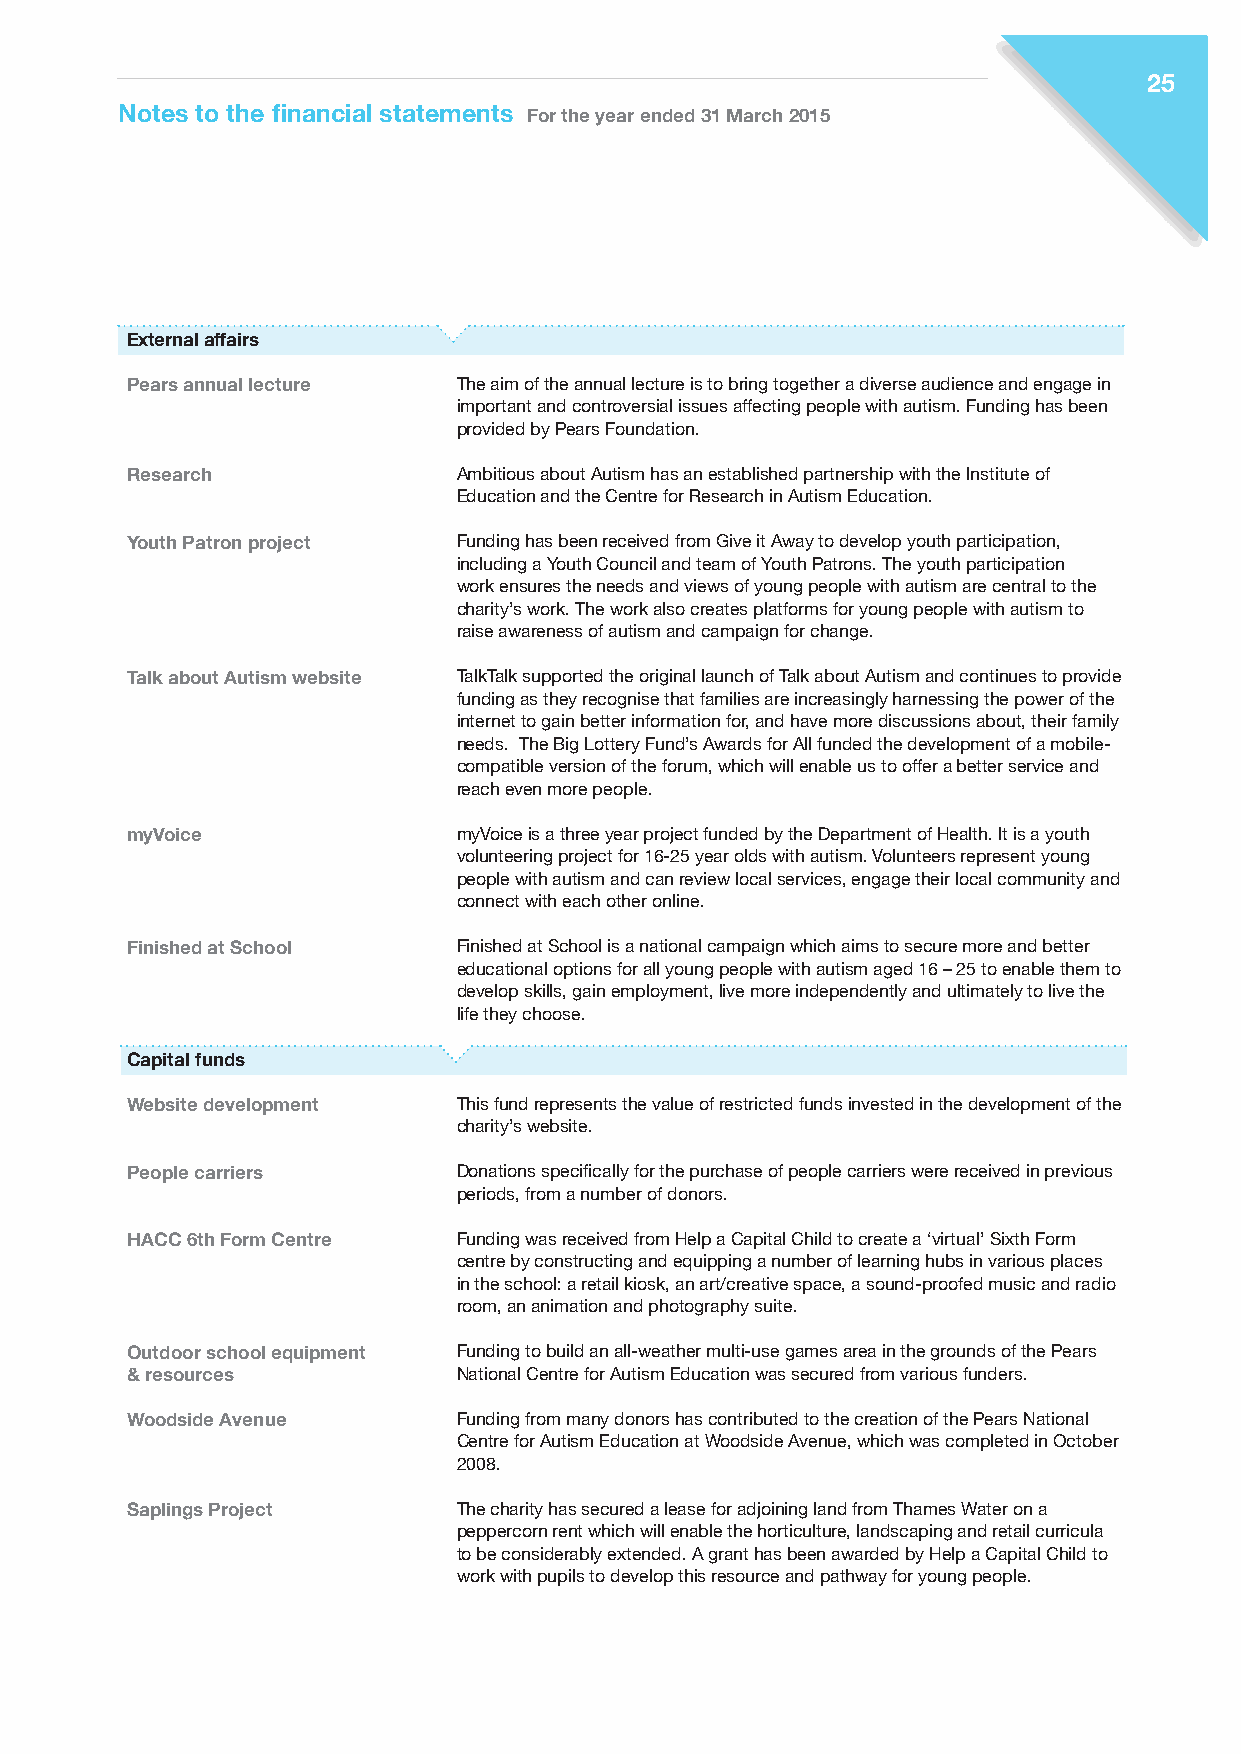
25
 Notes to the financial statements For the year ended 31 March 2015
 External affairs
 Pears annual lecture  The aim of the annual lecture is to bring together a diverse audience and engage in
 important and controversial issues affecting people with autism. Funding has been
 provided by Pears Foundation.
 Research              Ambitious about Autism has an established partnership with the Institute of
 Education and the Centre for Research in Autism Education.
 Youth Patron project  Funding has been received from Give it Away to develop youth participation,
 including a Youth Council and team of Youth Patrons. The youth participation
 work ensures the needs and views of young people with autism are central to the
 charity’s work. The work also creates platforms for young people with autism to
 raise awareness of autism and campaign for change.
 Talk about Autism website TalkTalk supported the original launch of Talk about Autism and continues to provide
 funding as they recognise that families are increasingly harnessing the power of the
 internet to gain better information for, and have more discussions about, their family
 needs. The Big Lottery Fund’s Awards for All funded the development of a mobile-
 compatible version of the forum, which will enable us to offer a better service and
 reach even more people.
 myVoice               myVoice is a three year project funded by the Department of Health. It is a youth
 volunteering project for 16-25 year olds with autism. Volunteers represent young
 people with autism and can review local services, engage their local community and
 connect with each other online.
 Finished at School    Finished at School is a national campaign which aims to secure more and better
 educational options for all young people with autism aged 16 – 25 to enable them to
 develop skills, gain employment, live more independently and ultimately to live the
 life they choose.
 Capital funds
 Website development   This fund represents the value of restricted funds invested in the development of the
 charity’s website.
 People carriers       Donations specifically for the purchase of people carriers were received in previous
 periods, from a number of donors.
 HACC 6th Form Centre  Funding was received from Help a Capital Child to create a ‘virtual’ Sixth Form
 centre by constructing and equipping a number of learning hubs in various places
 in the school: a retail kiosk, an art/creative space, a sound-proofed music and radio
 room, an animation and photography suite.
 Outdoor school equipment Funding to build an all-weather multi-use games area in the grounds of the Pears
 & resources           National Centre for Autism Education was secured from various funders.
 Woodside Avenue       Funding from many donors has contributed to the creation of the Pears National
 Centre for Autism Education at Woodside Avenue, which was completed in October
 2008.
 Saplings Project      The charity has secured a lease for adjoining land from Thames Water on a
 peppercorn rent which will enable the horticulture, landscaping and retail curricula
 to be considerably extended. A grant has been awarded by Help a Capital Child to
 work with pupils to develop this resource and pathway for young people.